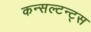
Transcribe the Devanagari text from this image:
कन्सल्टन्ट्स